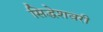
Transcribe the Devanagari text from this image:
सिद्धेशवरी